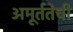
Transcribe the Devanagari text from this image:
अमूर्ततेची